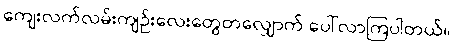
ကျေးလက်လမ်းကျဉ်းလေးတွေတလျှောက် ပေါ်လာကြပါတယ်။